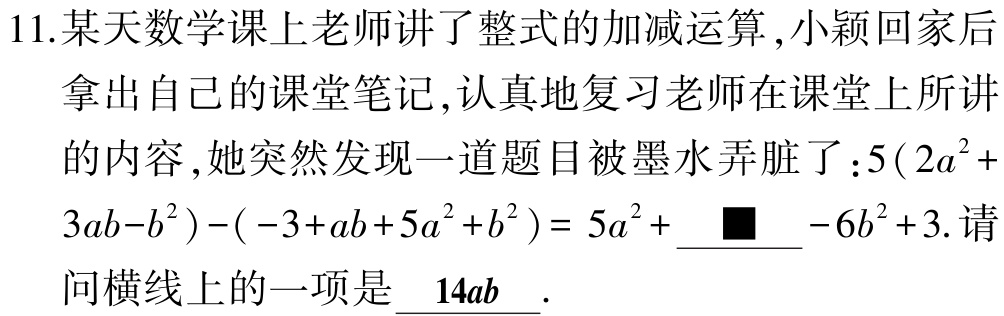
11.某天数学课上老师讲了整式的加减运算,小颖回家后

拿出自己的课堂笔记,认真地复习老师在课堂上所讲

的内容,她突然发现一道题目被墨水弄脏了：$5(2a^{2}+$

$3ab - b^{2})-(-3 + ab + 5a^{2}+b^{2})= 5a^{2}+$ $\blacksquare$ $-6b^{2}+3.$请

问横线上的一项是$\underline{14ab}$.